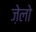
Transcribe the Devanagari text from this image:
ज़ेलो